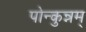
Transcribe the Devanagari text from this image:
पोन्कुन्नम्